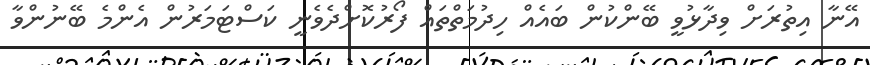
އޭނާ އިތުރަށް ވިދާޅުވީ ބޭންކުން ބައެއް ހިދުމަތްތައް ފޯރުކޮށްދެވެނީ ކަސްޓަމަރުން އެންމެ ބޭނުންވާ